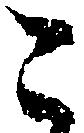
こ